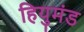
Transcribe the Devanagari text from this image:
हियुमंड